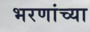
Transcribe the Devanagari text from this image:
भरणांच्या